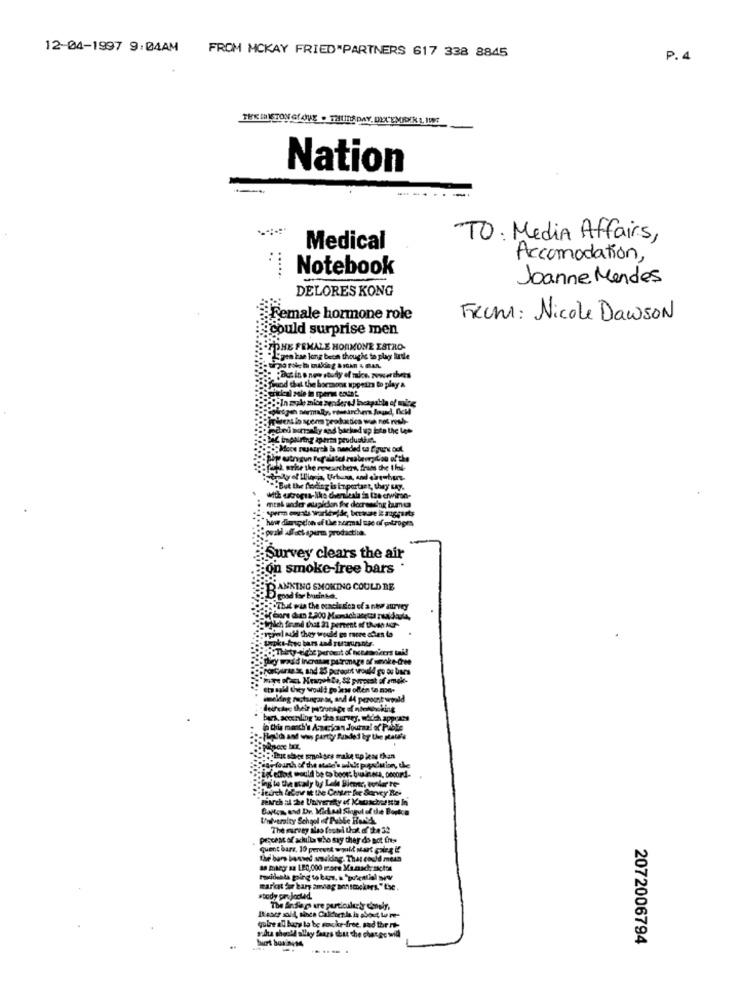
12-04-1997 9:04AM
FROM MCKAY FRIED"PARTNERS 617 338 8845
P. 4
FRE IAISTON GLOVE . THURSDAY, DEXEMROKR &, INT
Nation
TO: Media Affairs,
Medical
Accomodation,
Notebook
Joanne Mendes
DELORES KONG
Female hormone role
FROM: Nicole Dawson
could surprise men
-TONE FEMALE HORMONE ESTRO-
Spen kse long been thought to play little
Dusino new study of mice zower thers
Wod that the borssont uppeirs to play &
Metgah Bormalty, rowsanchera Jound, flew
aded sinsaly and backed up Ere the tet
IN autregun For alatel reabsorption of the
: fark write the researchers, frans the I hol-
But the floding is important, they say.
mtak under cupidon fre decreasing bumes
how dimupton of the normal use of pita
Survey clears the air
jon smoke free bars
ANKING SMOKING COULD BE
good for burinke.
"That pia the conclusion of a new survey
ryanl nudd they would go more often la
Nich found that 31 percent of those AG-
porcjiresz, and 25 peroutit would go ou bars
Ets said they Would go lese offen to non-
bars, soonling to the survey, which appears
ing to the staly by Lele Bienes, worker re-
"Jeurch (above it the Center for Sarvey Res
Penth al The University of Kanscheetthe In
Galtym, and Dr. Michael Singul of the Bookca
Vielveralty School of Pubbe Hosich
procent af schulla who say they do not fre
quent bare. 10 peresti wollt sart çaleg if
The bar bosved smuidag. That could meds
88 maag ss 120,000 more Ma.nach zachte
#body parsJactad.
gadta should allay fears that the charge will
quire all bars to be socke-free, sad the t-
2072006794
....